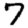
Digit: 7